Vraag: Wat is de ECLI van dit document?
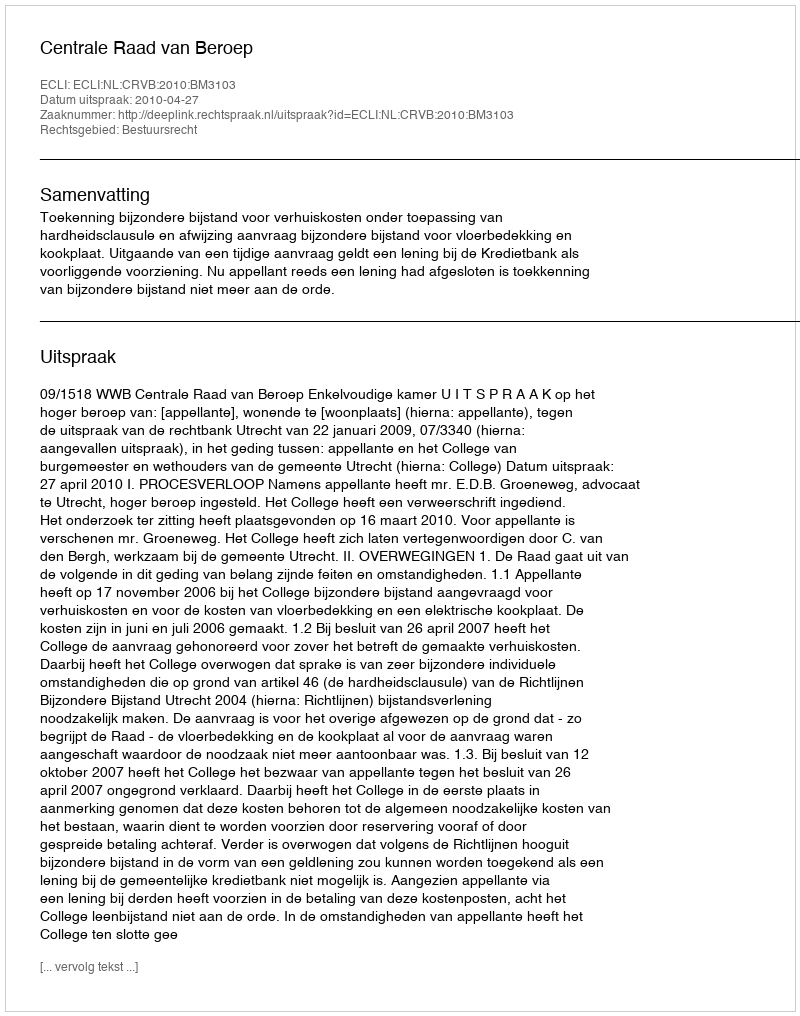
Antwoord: ECLI:NL:CRVB:2010:BM3103